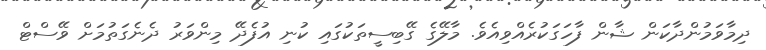
ދިމާވަމުންދާކަން ޝާން ފާހަގަކުރެއްވިއެވެ. މާލޭގެ ގޭބިސީތަކުގައި ކުނި އުފެދޭ މިންވަރު ދެނެގަތުމަށް ވޭސްޓް